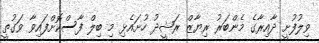
ވިލުފުށީ ދާއިރާގެ މެންބަރު ރިޔާޒް ރަޝީދު ހުށައެޅި މި ބިލް ފާސްކޮށްފައިވާ ވަގުތީ